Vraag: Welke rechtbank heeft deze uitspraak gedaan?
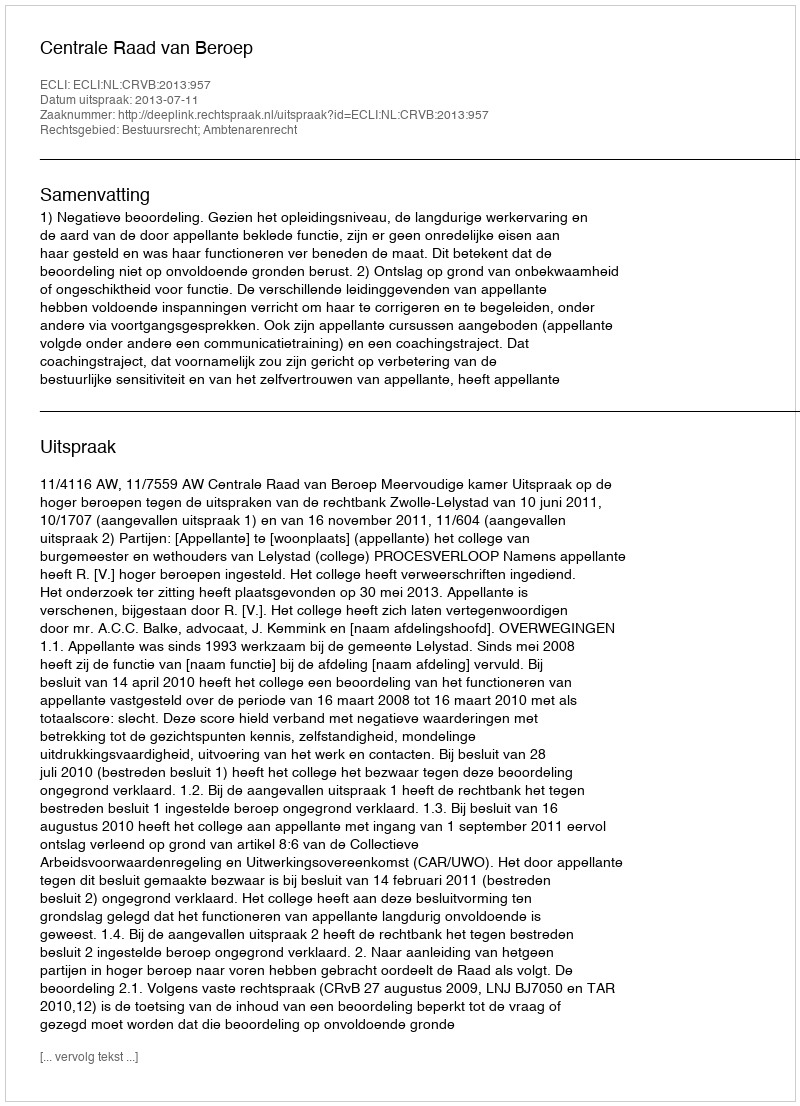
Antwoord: Centrale Raad van Beroep